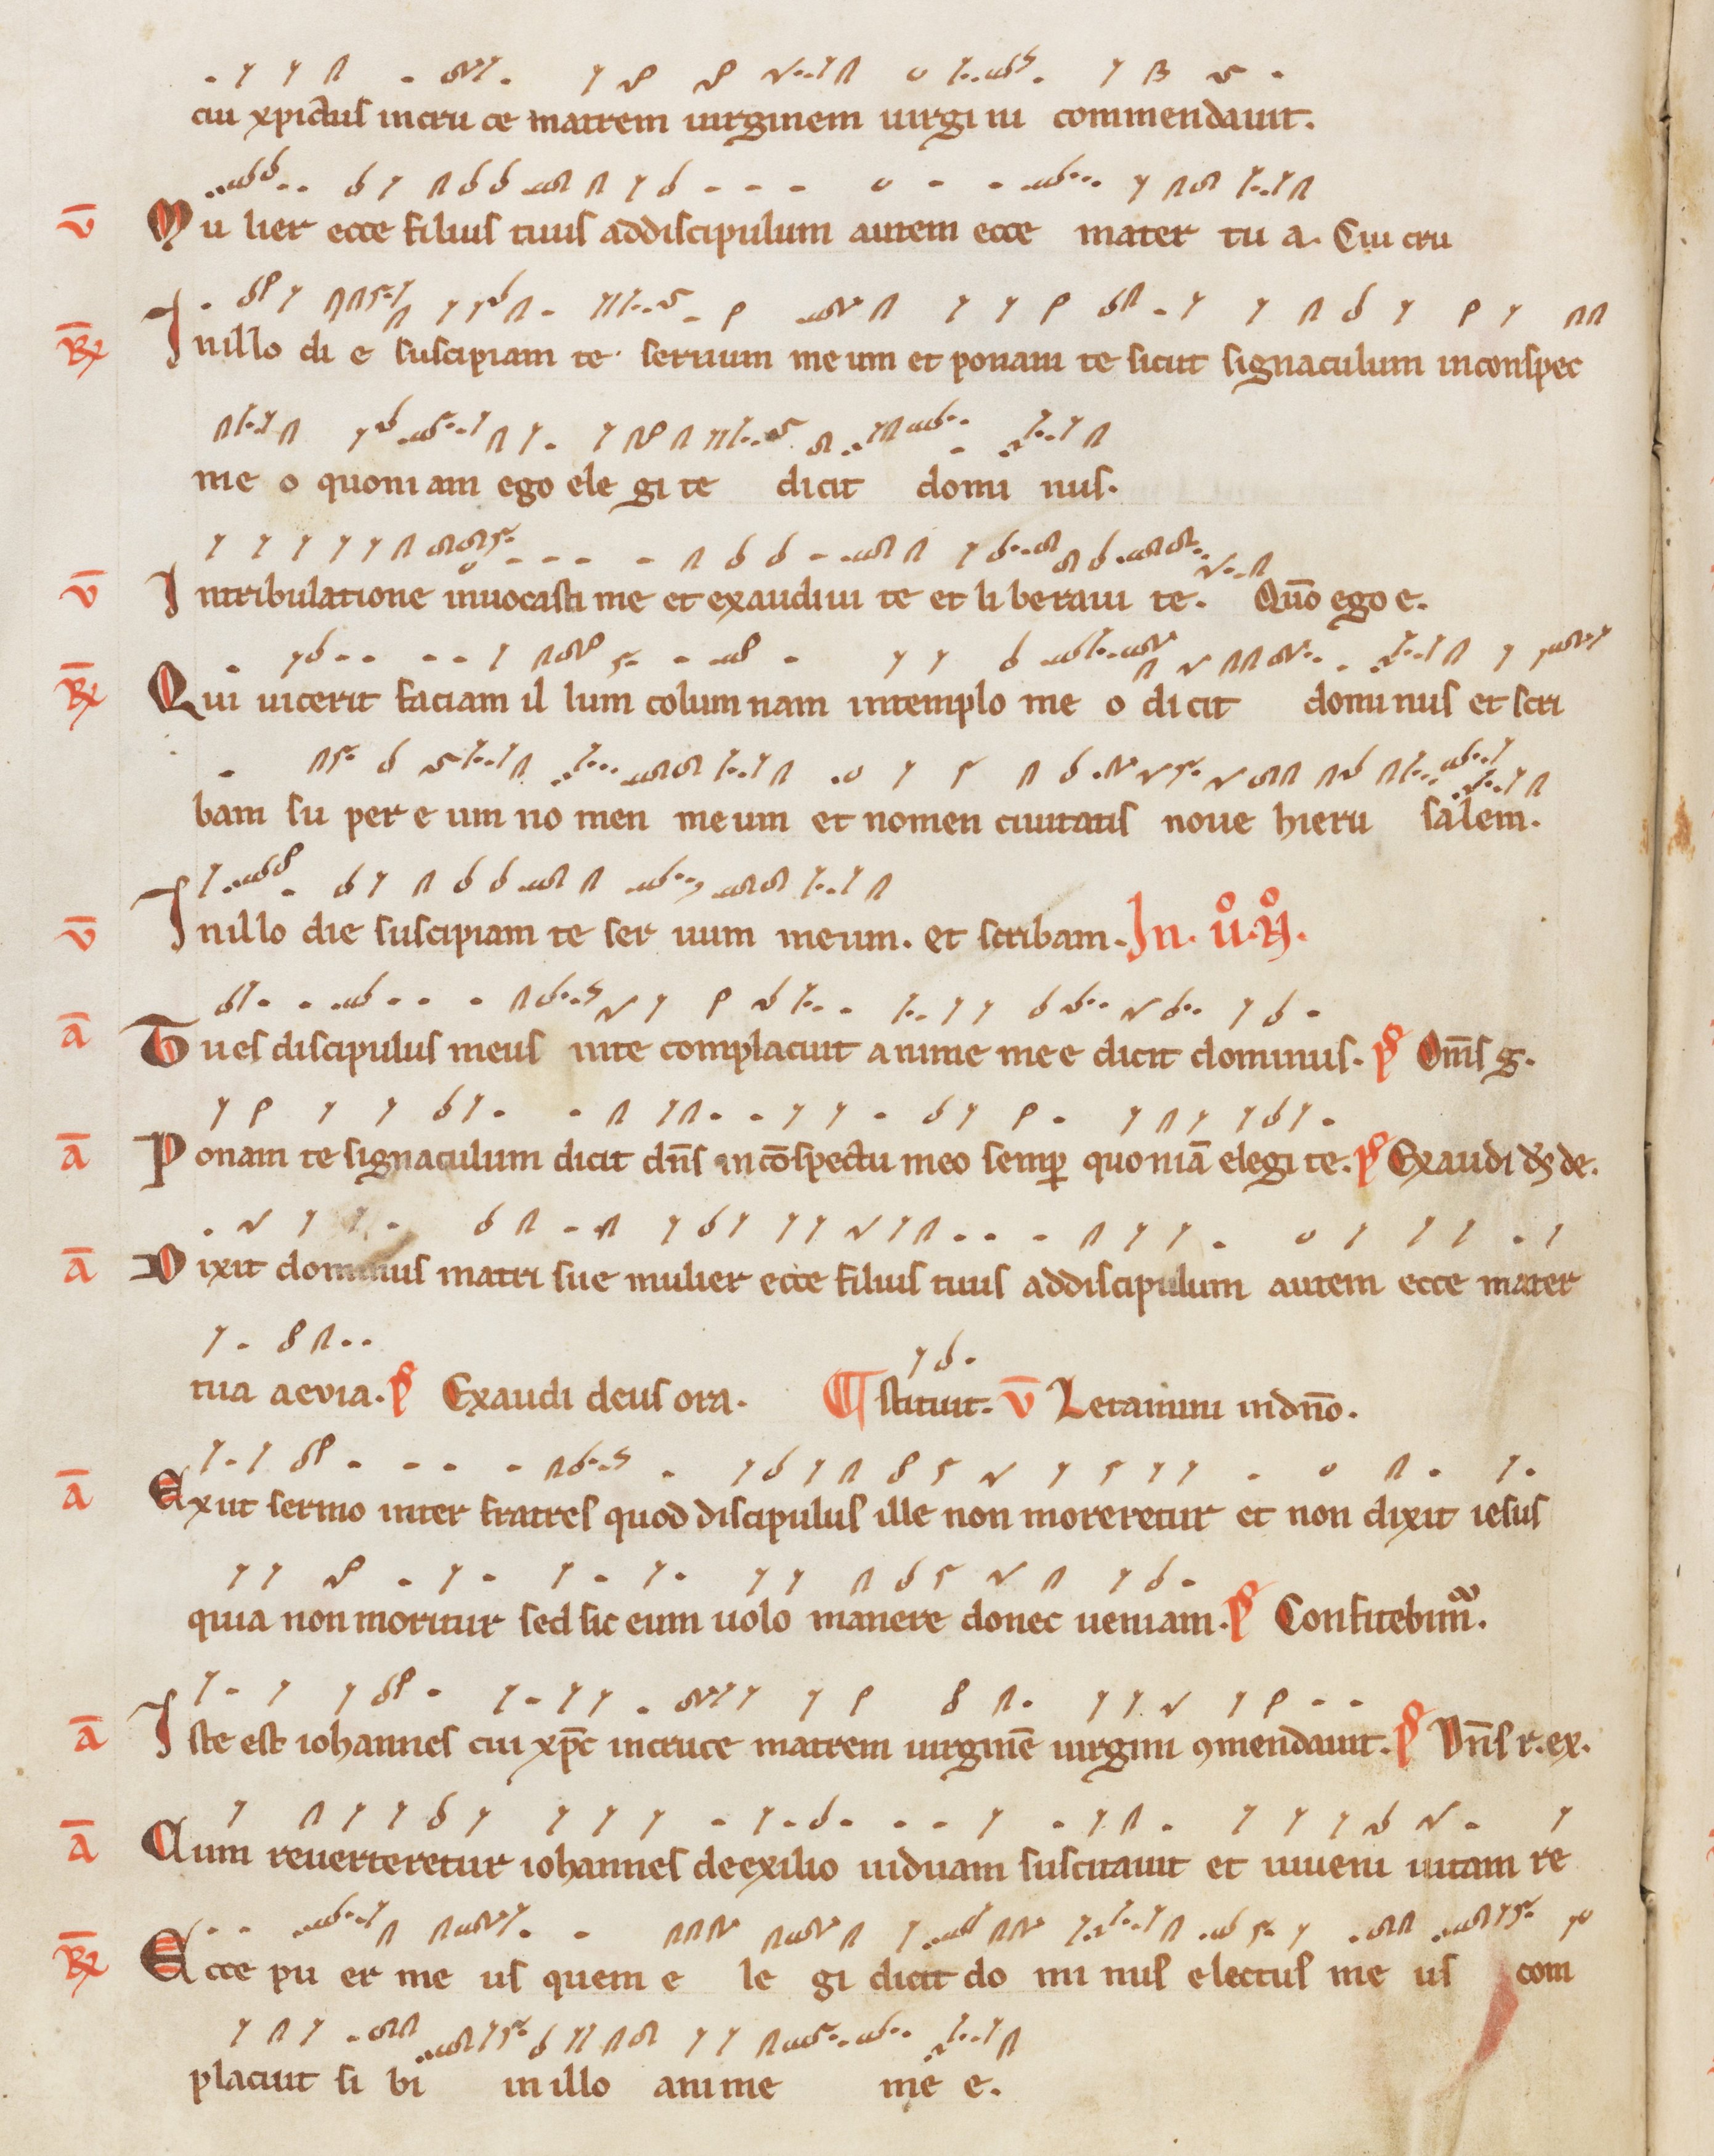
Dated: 1200–1299